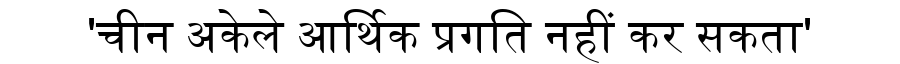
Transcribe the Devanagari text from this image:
'चीन अकेले आर्थिक प्रगति नहीं कर सकता'